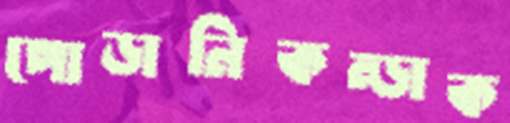
পোড়ানিকন্ডাক